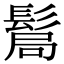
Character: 𩭊